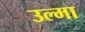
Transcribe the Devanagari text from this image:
उल्मा